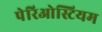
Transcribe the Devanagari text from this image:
पेरिओस्टियम